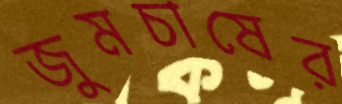
জুমচাষের